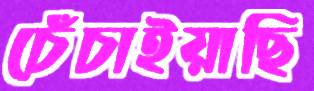
চেঁচাইয়াছি